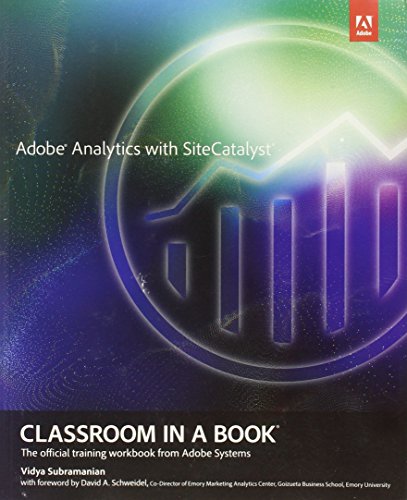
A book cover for Adobe Analytics with SiteCatalyst Classroom in a Book; Vidya Subramanian; Computers & Technology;